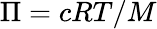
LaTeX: \Pi=cRT/M